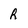
Character: R